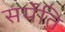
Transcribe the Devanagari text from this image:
सर्पेति